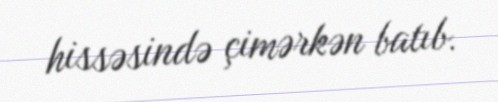
hissəsində çimərkən batıb.